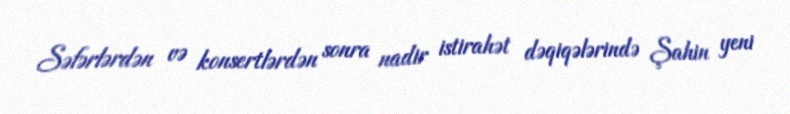
Səfərlərdən və konsertlərdən sonra nadir istirahət dəqiqələrində Şahin yeni